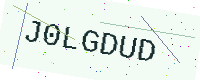
Text: J0LGDUD